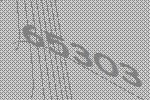
65303